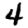
Digit: 4